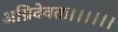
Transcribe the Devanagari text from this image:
अग्निदेवता।।।।।।